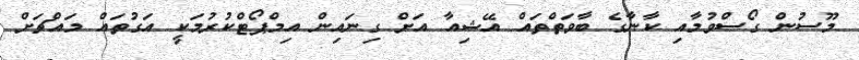
މޫސުން ގޯސްވުމާއި ކާނާގެ ބާވަތްތައް އޭޝިއާ އަށް ގިނައިން އިމްޕޯޓްކުރުމަކީ އަގުތައް މައްޗަށް